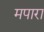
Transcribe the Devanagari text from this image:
मपारा